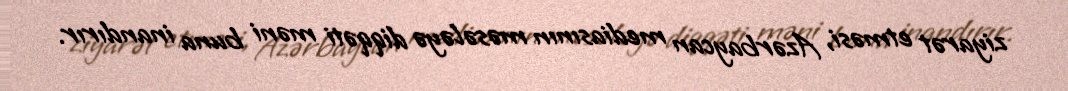
ziyarət etməsi, Azərbaycan mediasının məsələyə diqqəti məni buna inandırır.